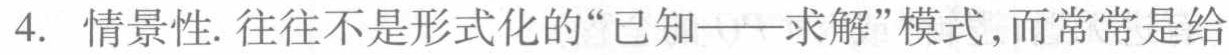
4. 情景性. 往往不是形式化的“已知——求解”模式,而常常是给